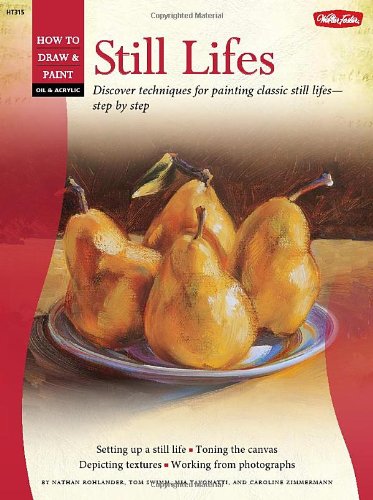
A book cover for Oil & Acrylic: Still Lifes: Discover techniques for painting traditional scenes-step by step (How to Draw & Paint); Nathan Rohlander; Arts & Photography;